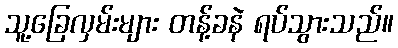
သူ့ခြေလှမ်းများ တန့်ခနဲ ရပ်သွားသည်။